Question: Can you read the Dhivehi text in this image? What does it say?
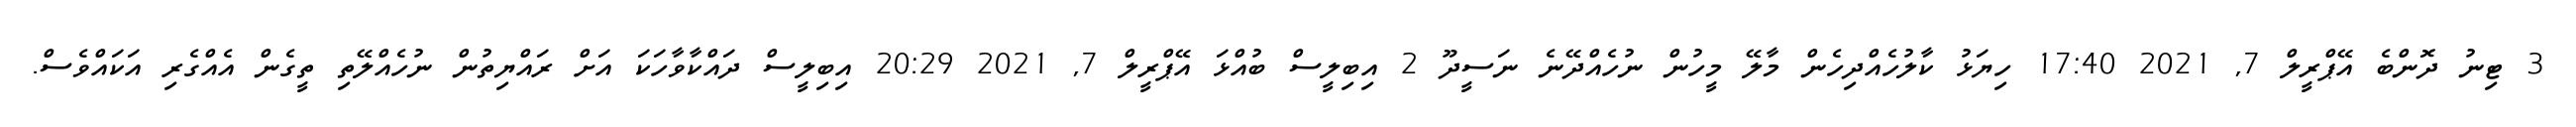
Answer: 3 ޓިނު ދޮންބެ އޭޕްރީލް 7, 2021 17:40 ހިޔަޅު ކާލުހެއްދިހެން މާލޭ މީހުން ނުހެއްދޭނެ ނަސީދޫ 2 އިބިލީސް ބުއްޅަ އޭޕްރީލް 7, 2021 20:29 އިބިލީސް ދައްކާވާހަކަ އަށް ރައްޔިތުން ނުހެއްލޭތި ތީގެން އެއްގެރި އަކައްވެސް.